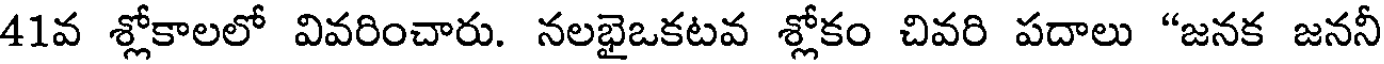
41వ శ్లోకాలలో వివరించారు. నలభైఒకటవ శ్లోకం చివరి పదాలు "జనక జననీ